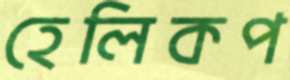
হেলিকপ